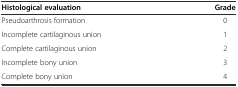
<table><thead><tr><td><b>Histological evaluation</b></td><td><b>Grade</b></td></tr></thead><tbody><tr><td>Pseudoarthrosis formation</td><td>0</td></tr><tr><td>Incomplete cartilaginous union</td><td>1</td></tr><tr><td>Complete cartilaginous union</td><td>2</td></tr><tr><td>Incomplete bony union</td><td>3</td></tr><tr><td>Complete bony union</td><td>4</td></tr></tbody></table>